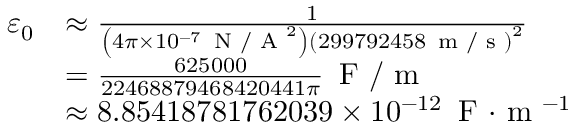
{ \begin{array} { r l } { \varepsilon _ { 0 } } & { \approx { \frac { 1 } { \left( 4 \pi \times 1 0 ^ { - 7 } \, { \textrm { N / A } } ^ { 2 } \right) \left( 2 9 9 7 9 2 4 5 8 \, { \textrm { m / s } } \right) ^ { 2 } } } } \\ & { = { \frac { 6 2 5 0 0 0 } { 2 2 4 6 8 8 7 9 4 6 8 4 2 0 4 4 1 \pi } } \, { \textrm { F / m } } } \\ & { \approx 8 . 8 5 4 1 8 7 8 1 7 6 2 0 3 9 \times 1 0 ^ { - 1 2 } \, { \textrm { F } } { \cdot } { \textrm { m } } ^ { - 1 } } \end{array} }